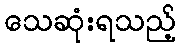
သေဆုံးရသည့်